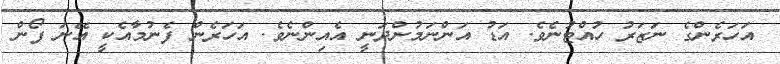
އަހަރެންގެ ނަޒަރު ހުއްޓުނެވެ. އަޑު އަންނަމުންދަނީ އެއިންނެވެ. އަހަރެން ފެނުމާއެކީ އޭނަ ފޯން